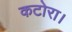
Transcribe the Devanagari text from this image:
कटोरा।